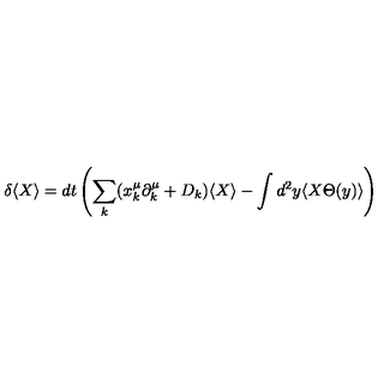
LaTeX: \delta \langle X \rangle = d t \left( \sum _ { k } ( x _ { k } ^ { \mu } \partial _ { k } ^ { \mu } + D _ { k } ) \langle X \rangle - \int d ^ { 2 } y \langle X \Theta ( y ) \rangle \right)